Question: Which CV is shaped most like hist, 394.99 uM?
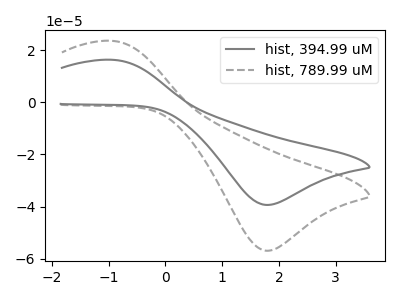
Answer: <think>The gray curve "hist, 394.99 uM" has an anodic peak at (-0.90V, 16.25uA) and a cathodic peak at (1.80V, -39.30uA). The gray dashed curve "hist, 789.99 uM" has an anodic peak at (-0.90V, 23.45uA) and a cathodic peak at (1.80V, -56.85uA).
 All the peaks in "hist, 394.99 uM" have a peak in "hist, 789.99 uM" at the same potential. Every peak in "hist, 394.99 uM" is lower than every peak in "hist, 789.99 uM".</think>
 <answer>The CV with the most similar shape to "hist, 789.99 uM" is "hist, 394.99 uM".</answer>
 <eval>"hist, 394.99 uM"</eval>